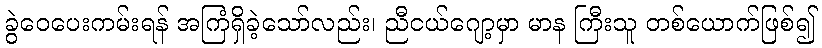
ခွဲဝေပေးကမ်းရန် အကြံရှိခဲ့သော်လည်း၊ ညီငယ်ဂျော့မှာ မာန ကြီးသူ တစ်ယောက်ဖြစ်၍